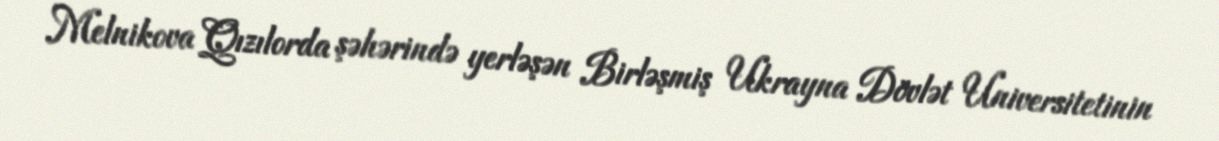
Melnikova Qızılorda şəhərində yerləşən Birləşmiş Ukrayna Dövlət Universitetinin